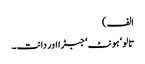
الف)
تالو‘ ہونٹ‘ جبڑا اور دانت۔